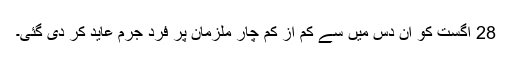
28 اگست کو اِن دَس میں سے کم از کم چار ملزمان پر فردِ جرم عاید کر دی گئی۔